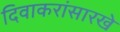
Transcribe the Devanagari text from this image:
दिवाकरांसारखे